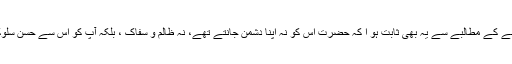
یزید کے ہاں جانے کے مطالبے سے یہ بھی ثابت ہو ا کہ حضرت اس کو نہ اپنا دشمن جانتے تھے، نہ ظالم و سفاک ، بلکہ آپ کو اس سے حسنِ سلوک کی توقع تھی۔